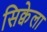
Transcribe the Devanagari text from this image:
सिक्वेला